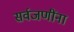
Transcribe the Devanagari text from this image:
सर्वजणींना